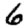
Digit: 6